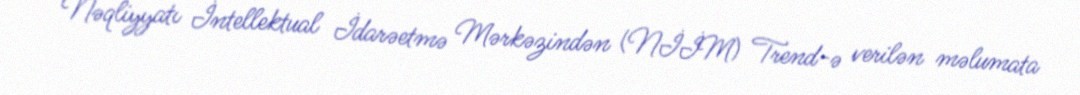
Nəqliyyatı İntellektual İdarəetmə Mərkəzindən (NİİM) Trend-ə verilən məlumata